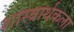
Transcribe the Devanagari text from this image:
शास्त्रार्थकला